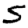
Digit: 5